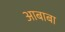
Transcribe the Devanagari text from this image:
आबाबा